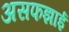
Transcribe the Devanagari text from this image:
असफझाई